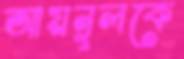
আয়নুলকে